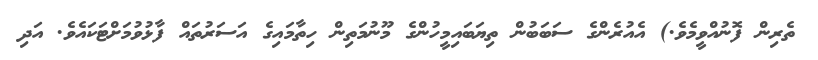
ތެރިން ފޮނުއްވީމެވެ.) އެއުރެންގެ ސަބަބުން ތިޔަބައިމީހުންގެ މޫނުމަތިން ހިތާމައިގެ އަސަރުތައް ފާޅުވުމަށްޓަކައެވެ. އަދި